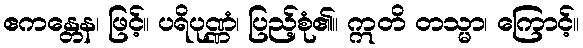
ဧကန္တေန၊ ဖြင့်။ ပရိပုဏ္ဏံ၊ ပြည့်စုံ၏။ ဣတိ တသ္မာ၊ ကြောင့်။